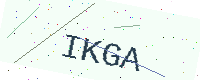
Text: IKGA